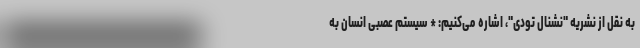
به نقل از نشریه "نشنال تودی"، اشاره می‌کنیم: * سیستم عصبی انسان به